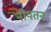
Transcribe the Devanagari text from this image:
नीयतन